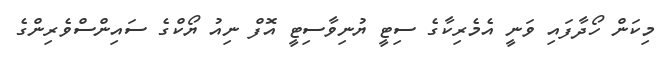
މިކަން ހޯދާފައި ވަނީ އެމެރިކާގެ ސިޓީ ޔުނިވާސިޓީ އޮފް ނިއު ޔޯކްގެ ސައިންސްވެރިންގެ